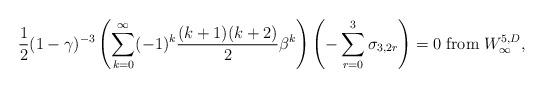
LaTeX: \begin{align*}{1\over 2}(1-\gamma)^{-3}\left(\sum_{k=0}^{\infty}(-1)^{k}{(k+1)(k+2)\over 2}\beta^{k}\right)\left(-\sum_{r=0}^{3}\sigma_{3,2r}\right)=0 \;{\rm from} \; W_{\infty}^{5,D},\end{align*}